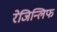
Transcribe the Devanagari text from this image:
रेजिन्लिफ